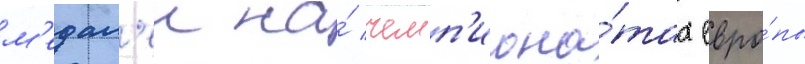
м'едал'еи на́ чемп'иона́тах евро́пы